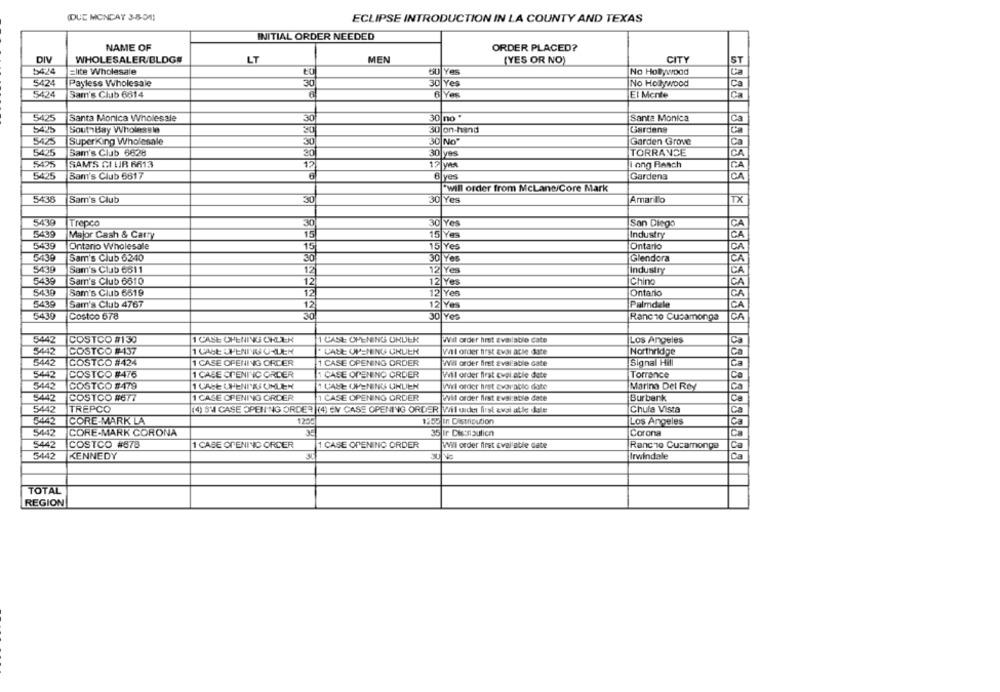
(DUE MONDAY 3-8-04)
ECLIPSE INTRODUCTION IN LA COUNTY AND TEXAS
INITIAL ORDER NEEDED
NAME OF
ORDER PLACED?
DIV
WHOLESALER/BLDG#
LT
MEN
(YES OR NO)
CITY
ST
5424
Elite Wholesale
SU Yes
No Hollywood
Ca
5424
Payless Wholesale
30 Yes
No Hollywood
Ca
30
5424
Sam's Club 6614
6 Yes
El Mente
Ca
5425
Santa Monica Wholesale
30 no "
Santa Monica
Ca
5425
Sout Hay Wholessle
30 on-hand
Gardens
5425
SuperKing Wholesale
30
30 No"
Garden Grove
Ca
5425
Sam's Club 6628
TORRANCE
CA
30 yes
5425
SAM'S CI LIR 6613
17 VAR
long Beach
CA
5425
Bam's Club 6817
6|yes
Gardena
"will order from McLane/Core Mark
5438
Sam's Club
30
30 Yes
Amarillo
TX
5439
San Diego
Trepco
30
30 Yes
CA
5439
Major Cash & Carry
15
15 Yes
Industry
CA
5439
Ontario Wholesale
15
15 Yes
Ontario
CA
6439
Sam's Club 6240
30 Yes
Glendora
CA
5439
Sam's Club 6811
12 Yes
Industry
CA
5439
Sam's Club 6610
12
12|Yes
Chino
CA
5439
Sam's Club 6619
12
12 Yes
Ontario
CA
5439
Sam's Club 4767
12
12 Yes
Palmdale
CA
5430
Costco 678
30 Yes
Rancho Cucamonga
CA
5442
COSTCO #130
1 CASE OPENING CHLER
1 CASE OPENING ORDER
Wil order hret available cate
Ca
Los Angeles
5442
COSTCO #437
1 CASE WHENNIUS C-LER
. UALE OPENING CRUEN
Vit order first avai able date
Northridge
Ca
5442
COSTCO #424
1 CASE OFENING ORDER
1 CASE OPENING ORDER
Wil order first available date
Signal Hill
Ca
5442
COSTCO #476
1 CASE CIRENINO ORDER
1 CASE OPENING ORDER
Torrence
Ca
Wil order first cvai able date
5442
COSTCO #479
1 CASE UHENIUS UNLIEN
1 CASE OPENING GRUEN
Mivl order hrst evoratio date
Marina Del Rey
Ga
5442
COSTCO #677
1 CASE OPENING ORDER
1 CASE OPENING ORDER
Will order first Evai:Bblle date
Burbank
Ca
5442
TREPCO
(4) SM CASE OPENING ORDER (4) EN CASE OPENING ORDER Wil uider first &vai alle dale
Chula Vista
Ca
5442
CORE-MARK LA
125
1255 In Distribution
Los Angeles
Ca
5442
CORE-MARK CORONA
35
35 Ir Cisonoulicn
Corona
Ca
Ca
5442
COSTCO #878
1 CASE OPENING ORDER
1 CASE OPENING ORDER
Wil order first available date
Rancho Cucamonga
5442
KENNEDY
Irwindale
TOTAL
REGION